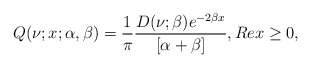
\begin{align*}Q(\nu;x;\alpha,\beta)=\frac{1}{\pi}\frac{D(\nu;\beta)e^{-2\beta x}}{[\alpha+\beta]}, Re x\geq 0,\end{align*}